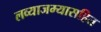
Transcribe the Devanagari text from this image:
लव्याजम्यासहित